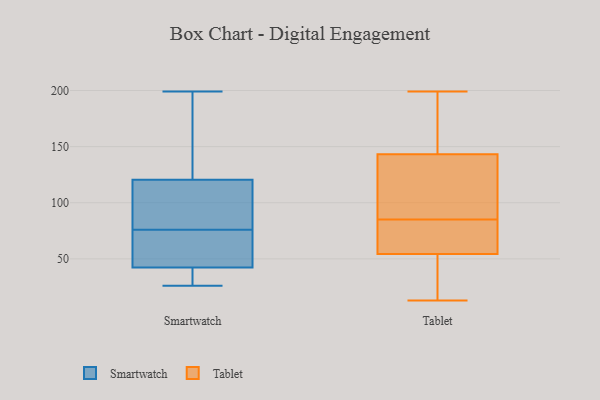
{"axis": {"x": "Inventory Turnover", "y": "Value"}, "legend": ["Smartwatch", "Tablet"], "data": [{"x": "", "y": 58, "type": "Smartwatch"}, {"x": "", "y": 32, "type": "Smartwatch"}, {"x": "", "y": 84, "type": "Smartwatch"}, {"x": "", "y": 167, "type": "Smartwatch"}, {"x": "", "y": 29, "type": "Smartwatch"}, {"x": "", "y": 26, "type": "Smartwatch"}, {"x": "", "y": 122, "type": "Smartwatch"}, {"x": "", "y": 194, "type": "Smartwatch"}, {"x": "", "y": 29, "type": "Smartwatch"}, {"x": "", "y": 114, "type": "Smartwatch"}, {"x": "", "y": 91, "type": "Smartwatch"}, {"x": "", "y": 60, "type": "Smartwatch"}, {"x": "", "y": 46, "type": "Smartwatch"}, {"x": "", "y": 116, "type": "Smartwatch"}, {"x": "", "y": 158, "type": "Smartwatch"}, {"x": "", "y": 199, "type": "Smartwatch"}, {"x": "", "y": 54, "type": "Smartwatch"}, {"x": "", "y": 76, "type": "Smartwatch"}, {"x": "", "y": 41, "type": "Smartwatch"}, {"x": "", "y": 13, "type": "Tablet"}, {"x": "", "y": 132, "type": "Tablet"}, {"x": "", "y": 198, "type": "Tablet"}, {"x": "", "y": 42, "type": "Tablet"}, {"x": "", "y": 85, "type": "Tablet"}, {"x": "", "y": 35, "type": "Tablet"}, {"x": "", "y": 109, "type": "Tablet"}, {"x": "", "y": 70, "type": "Tablet"}, {"x": "", "y": 112, "type": "Tablet"}, {"x": "", "y": 199, "type": "Tablet"}, {"x": "", "y": 187, "type": "Tablet"}, {"x": "", "y": 147, "type": "Tablet"}, {"x": "", "y": 54, "type": "Tablet"}, {"x": "", "y": 63, "type": "Tablet"}, {"x": "", "y": 55, "type": "Tablet"}]}